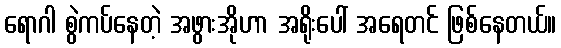
ရောဂါ စွဲကပ်နေတဲ့ အဖွားအိုဟာ အရိုးပေါ် အရေတင် ဖြစ်နေတယ်။